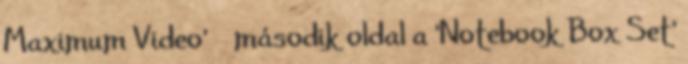
Maximum Video' » második oldal a 'Notebook Box Set'